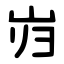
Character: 岿